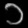
Digit: ၁